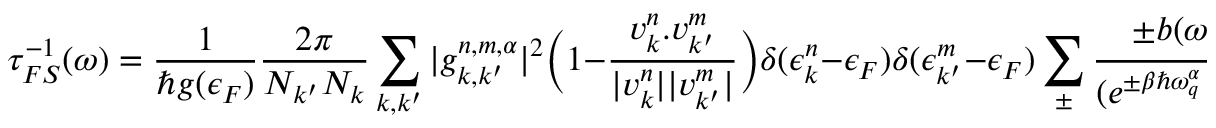
\tau _ { F S } ^ { - 1 } ( \omega ) = \frac { 1 } { \hbar g ( \epsilon _ { F } ) } \frac { 2 \pi } { N _ { k ^ { \prime } } N _ { k } } \sum _ { k , k ^ { \prime } } | g _ { k , k ^ { \prime } } ^ { n , m , \alpha } | ^ { 2 } \Big ( 1 - \frac { v _ { k } ^ { n } . v _ { k ^ { \prime } } ^ { m } } { | v _ { k } ^ { n } | | v _ { k ^ { \prime } } ^ { m } | } \Big ) \delta ( \epsilon _ { k } ^ { n } - \epsilon _ { F } ) \delta ( \epsilon _ { k ^ { \prime } } ^ { m } - \epsilon _ { F } ) \sum _ { \pm } \frac { \pm b ( \omega \pm \omega _ { q } ^ { \alpha } ) } { ( e ^ { \pm \beta \hbar \omega _ { q } ^ { \alpha } } - 1 ) b ( \omega ) }